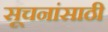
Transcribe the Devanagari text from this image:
सूचनांसाठी